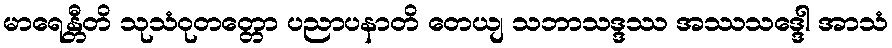
မာရေန္တီတိ သုသံဝုတတ္တော ပညာပနာတိ တေယျ သဘာသဒ္ဒဿ အဿသဒ္ဒေါ အာသံ